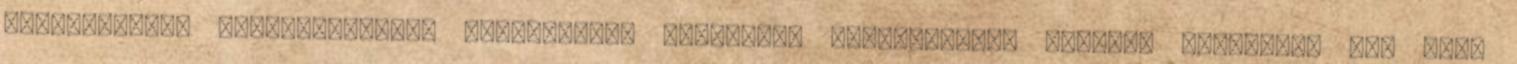
Felhasználók viselkedésének figyelemmel kísérése, statisztikák képzése érdekében egy vagy